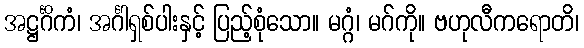
အဋ္ဌင်္ဂိကံ၊ အင်္ဂါရှစ်ပါးနှင့် ပြည့်စုံသော။ မဂ္ဂံ၊ မဂ်ကို။ ဗဟုလီကရောတိ၊